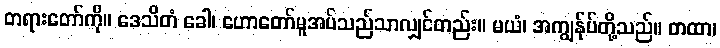
တရားတော်ကို။ ဒေသိတံ ခေါ၊ ဟောတော်မူအပ်သည်သာလျှင်တည်း။ မယံ၊ အကျွန်ုပ်တို့သည်။ တထာ၊